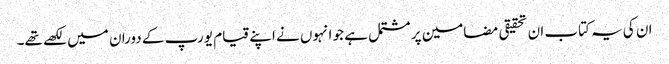
ان کی یہ کتاب ان تحقیقی مضامین پر مشتمل ہے جو انہوں نے اپنے قیام یورپ کے دوران میں لکھے تھے۔